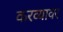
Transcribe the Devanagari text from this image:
करव्यावर